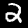
Digit: 2